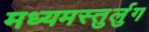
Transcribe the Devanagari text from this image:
मध्यमस्तुर्लुग